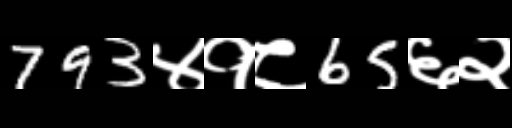
Text: 793४१८65६२